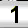
Digit: 1